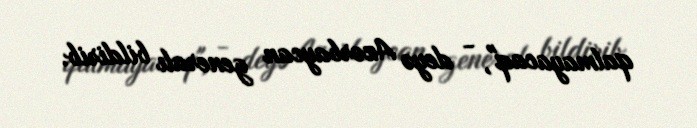
qalmayacaq", - deyə Azərbaycan generalı bildirib.